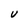
Character: U